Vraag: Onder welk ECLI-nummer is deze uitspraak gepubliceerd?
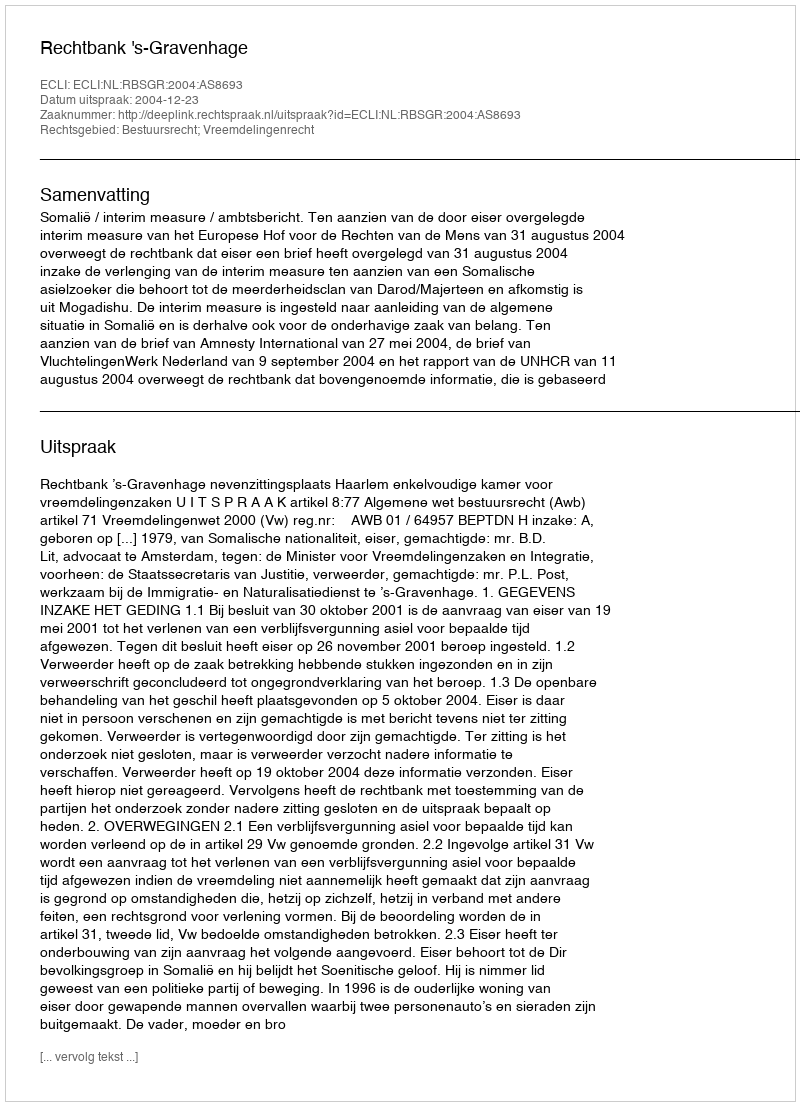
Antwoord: ECLI:NL:RBSGR:2004:AS8693